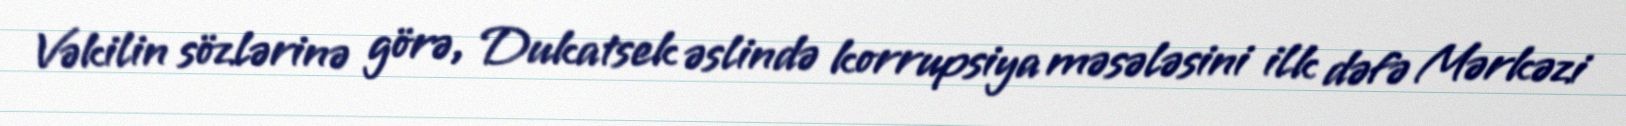
Vəkilin sözlərinə görə, Dukatsek əslində korrupsiya məsələsini ilk dəfə Mərkəzi